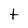
Character: t